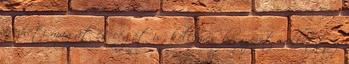
érezheti magát és cégét is, kellemes környezet mellett ez